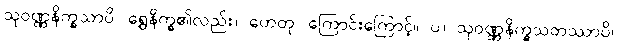
သုဝဏ္ဏနိက္ခသာပိ၊ ရွှေနိက္ခ၏လည်း။ ဟေတု၊ ကြောင်းကြောင့်။ ပ။ သုဝဏ္ဏနိက္ခသတဿာပိ၊